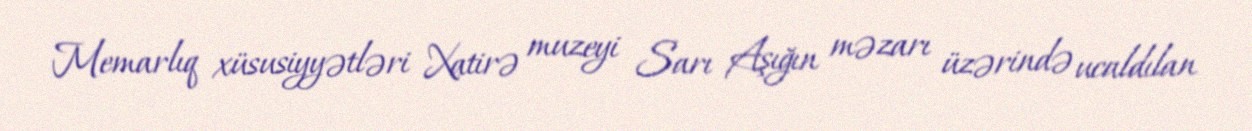
Memarlıq xüsusiyyətləri Xatirə muzeyi Sarı Aşığın məzarı üzərində ucaldılan